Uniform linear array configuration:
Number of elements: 32
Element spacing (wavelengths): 0.5
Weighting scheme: hamming
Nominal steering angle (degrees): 45
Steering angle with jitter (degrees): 45.34
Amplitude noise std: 0.05
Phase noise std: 0.05

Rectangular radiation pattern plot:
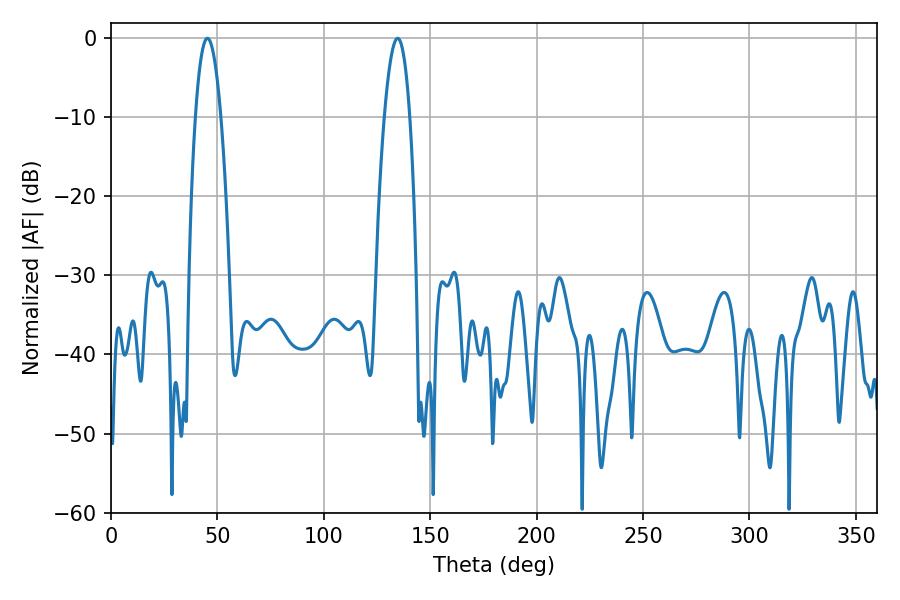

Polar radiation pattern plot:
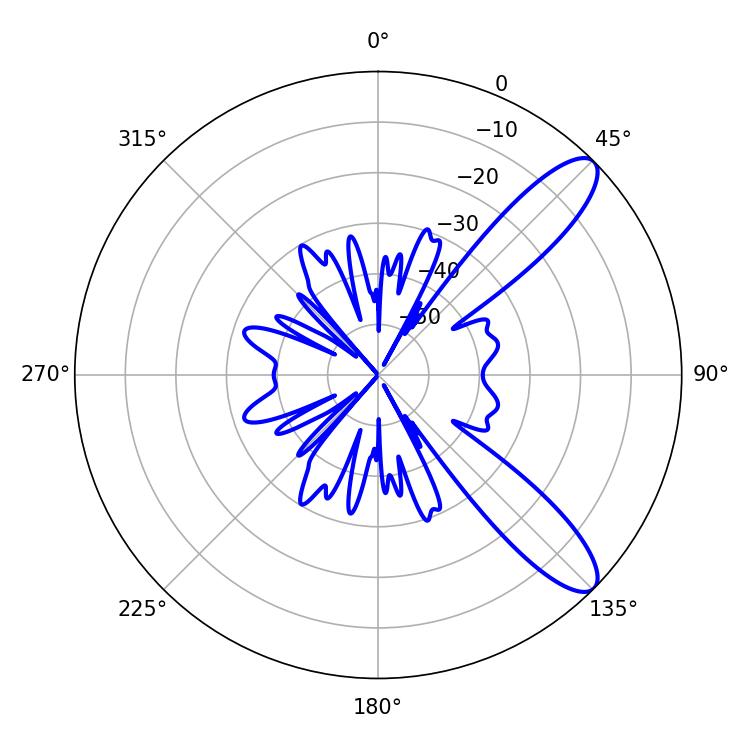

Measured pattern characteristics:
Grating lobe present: FALSE
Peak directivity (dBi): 10.539
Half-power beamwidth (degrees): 6.66
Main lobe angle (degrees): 45.36